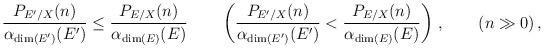
LaTeX: \begin{align*}\frac{P_{{E}'/X}(n)}{\alpha_{\dim({E}')}({E}')} \le \frac{P_{{E}/X}(n)}{\alpha_{\dim({E})}({E})}\quad \quad \left(\frac{P_{{E}'/X}(n)}{\alpha_{\dim({E}')}({E}')} < \frac{P_{{E}/X}(n)}{\alpha_{\dim({E})}({E})}\right)\,, \qquad(n\gg 0)\,,\end{align*}